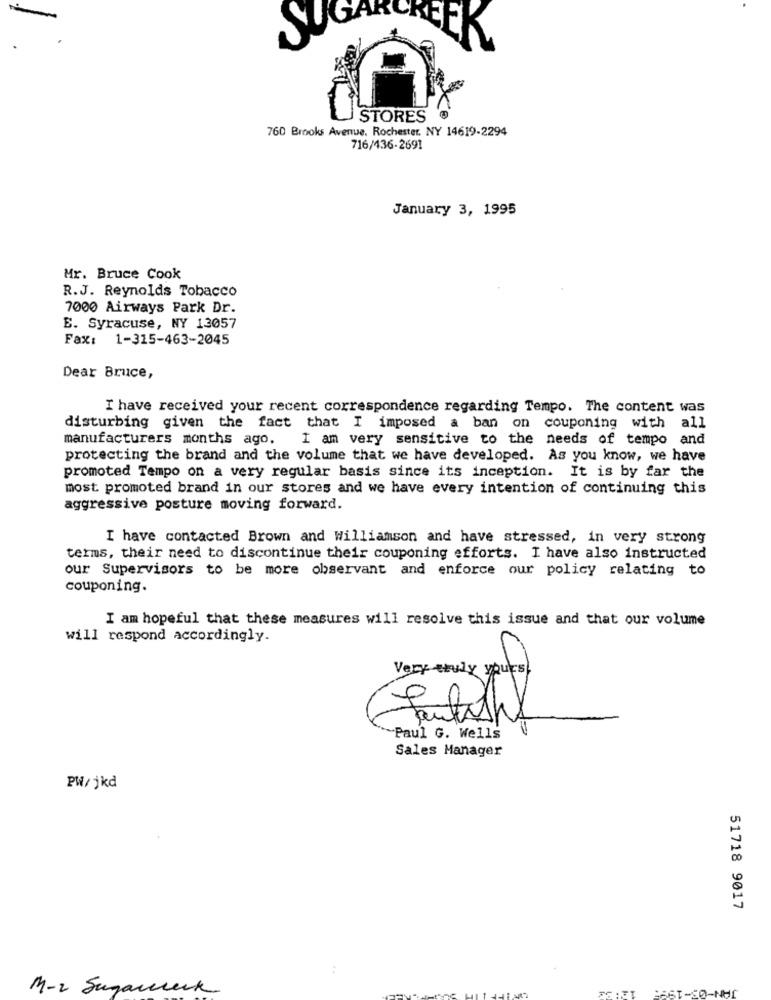
S
STORES
760 Brooks Avenue, Rochester, NY 14619-2294
716/436-2691
January 3, 1995
Mr. Bruce Cook
R.J. Reynolds Tobacco
7000 Airways Park Dr.
E. Syracuse, NY 13057
Fax: 1-315-463-2045
Dear Bruce,
I have received your recent correspondence regarding Tempo. The content was
disturbing given the fact that I imposed a ban on couponing with all
manufacturers months ago.
I am very sensitive to the needs of tempo and
protecting the brand and the volume that we have developed. As you know, we have
promoted Tempo on a very regular basis since its inception. It is by far the
most promoted brand in our stores and we have every intention of continuing this
aggressive posture moving forward.
I have contacted Brown and Williamson and have stressed, in very strong
terms, their need to discontinue their couponing efforts. I have also instructed
our Supervisors to be more observant and enforce our policy relating to
couponing.
I am hopeful that these measures will resolve this issue and that our volume
will respond accordingly.
Paul G. Wells
Sales Manager
PW/jkd
51718 9017
M-2 Sugarereck
LAST-SO-NHI